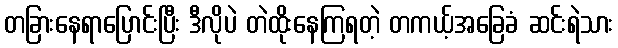
တခြားနေရာပြောင်းပြီး ဒီလိုပဲ တဲထိုးနေကြရတဲ့ တကယ့်အခြေခံ ဆင်းရဲသား